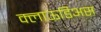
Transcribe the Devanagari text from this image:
क्लाऊडिअस